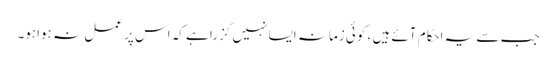
جب سے یہ احکام آئے ہیں ، کوئی زمانہ ایسا نہیں گزرا ہے کہ اس پر عمل نہ ہواہو۔